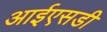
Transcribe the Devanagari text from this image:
आईएसडी